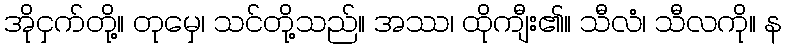
အိုငှက်တို့။ တုမှေ၊ သင်တို့သည်။ အဿ၊ ထိုကျီး၏။ သီလံ၊ သီလကို။ န